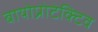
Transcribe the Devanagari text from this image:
बायोप्रोटेक्टिव